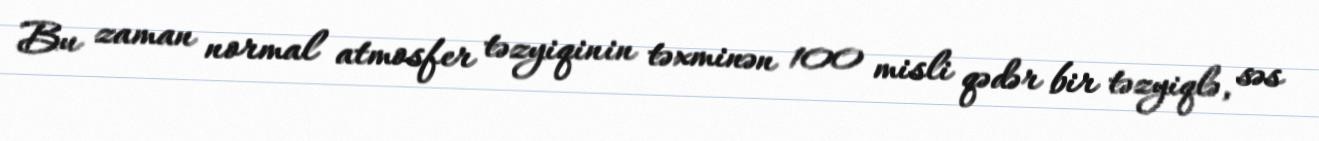
Bu zaman normal atmosfer təzyiqinin təxminən 100 misli qədər bir təzyiqlə, səs